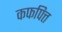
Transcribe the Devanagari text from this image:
कफपित्त